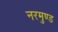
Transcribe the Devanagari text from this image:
नरमुण्ड